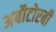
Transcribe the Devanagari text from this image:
अबौटोरबी